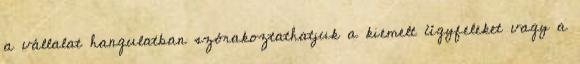
a vállalat hangulatban szórakoztathatjuk a kiemelt ügyfeleket vagy a